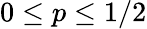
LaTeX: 0\leq p\leq 1/2